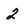
Character: 2